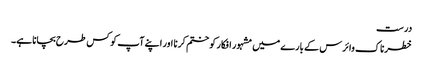
درست
خطرناک وائرس کے بارے میں مشہور افکار کو ختم کرنا اور اپنے آپ کو کس طرح بچانا ہے۔